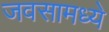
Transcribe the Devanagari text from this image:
जवसामध्ये